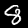
Digit: 8